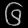
Digit: ၆